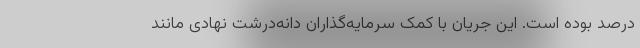
درصد بوده است. این جریان با کمک سرمایه‌گذاران دانه‌درشت نهادی مانند